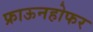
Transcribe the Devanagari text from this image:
फ्राऊनहोफर